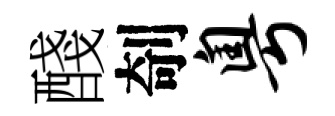
醆剞粤